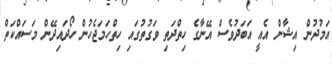
އަމުދުން އިޝާން އެއީ އަބަދުވެސް އޭނާގެ ހިތްދަތި ވަގުތުގައި ހިތްހަމަޖެހުން ހޯދައިދޭން މަސައްކަތް